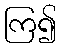
ကြ၍